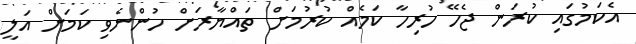
އެކަމުގައި ކުރަން ޖެހޭ ހުރިހާ ކަމެއް ކުރުމަށް ތައްޔާރަށް ހުންނެވި ކަމަށް އަލީ